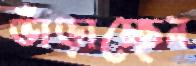
ভাঁড়াচ্ছেন